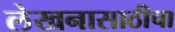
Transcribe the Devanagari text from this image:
लेखनासाठीचा